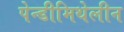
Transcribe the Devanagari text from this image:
पेन्डीमिथेलीन